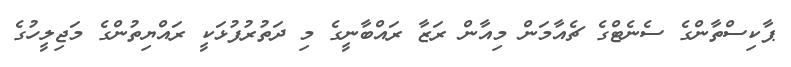
ޕާކިސްތާންގެ ސެނެޓްގެ ޗެއާމަން މިއާން ރަޒާ ރައްބާނީގެ މި ދަތުރުފުޅަކީ ރައްޔިތުންގެ މަޖިލީހުގެ